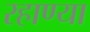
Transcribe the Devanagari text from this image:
रहाण्या